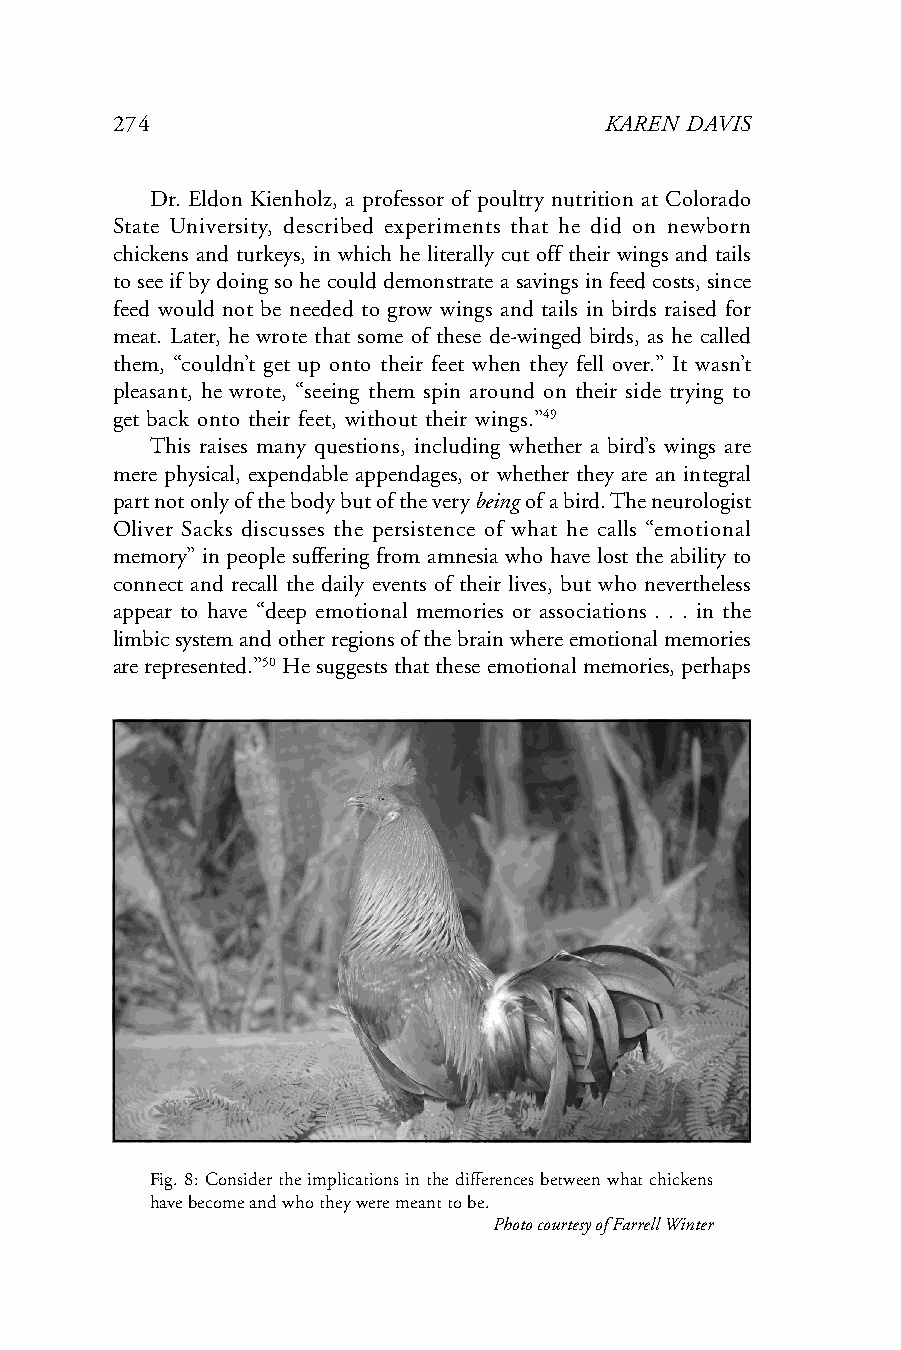
274                              KAREN DAVIS
 Dr. Eldon Kienholz, a professor of poultry nutrition at Colorado
 State University, described experiments that he did on newborn
 chickens and turkeys, in which he literally cut off their wings and tails
 to see if by doing so he could demonstrate a savings in feed costs, since
 feed would not be needed to grow wings and tails in birds raised for
 meat. Later, he wrote that some of these de-winged birds, as he called
 them, “couldn’t get up onto their feet when they fell over.” It wasn’t
 pleasant, he wrote, “seeing them spin around on their side trying to
 get back onto their feet, without their wings.”49
 This raises many questions, including whether a bird’s wings are
 mere physical, expendable appendages, or whether they are an integral
 part not only of the body but of the very being of a bird. The neurologist
 Oliver Sacks discusses the persistence of what he calls “emotional
 memory” in people suffering from amnesia who have lost the ability to
 connect and recall the daily events of their lives, but who nevertheless
 appear to have “deep emotional memories or associations . . . in the
 limbic system and other regions of the brain where emotional memories
 are represented.”50 He suggests that these emotional memories, perhaps
 Fig. 8: Consider the implications in the differences between what chickens
 have become and who they were meant to be.
 Photo courtesy of Farrell Winter